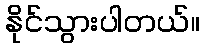
နိုင်သွားပါတယ်။